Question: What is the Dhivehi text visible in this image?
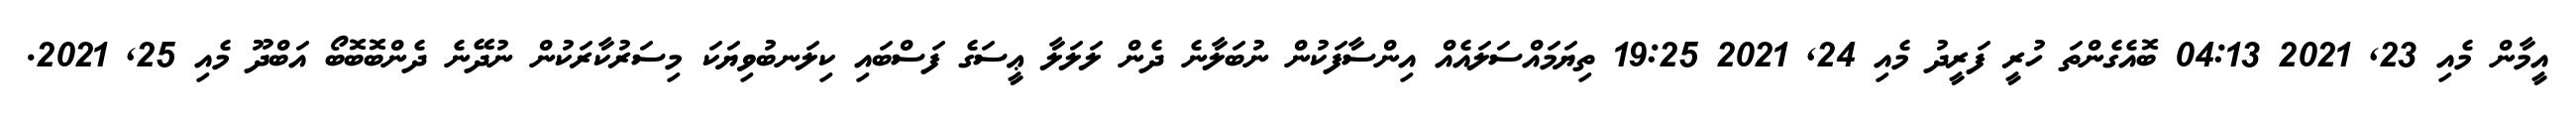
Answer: އީމާން މެއި 23, 2021 04:13 ބޮއެގެންތަ ހުރީ ފަރީދު މެއި 24, 2021 19:25 ތިޔަމައްސަލައެއް އިންސާފަކުން ނުބަލާނެ ދެން ލަލަލާ ޢީސަގެ ފަސްބައި ކިލަނބުވިޔަކަ މިސަރުކާރަކުން ނުދޭނެ ދެންބޮބޮބޯ އަބްދޫ މެއި 25, 2021.